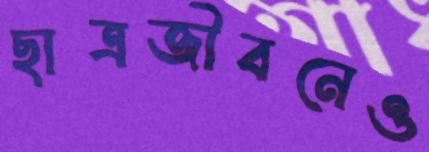
ছাত্রজীবনেও